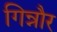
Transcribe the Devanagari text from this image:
गिन्नौर